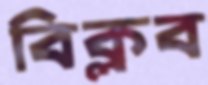
বিক্লব